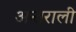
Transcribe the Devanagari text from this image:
अन्तराली